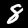
Label: 8